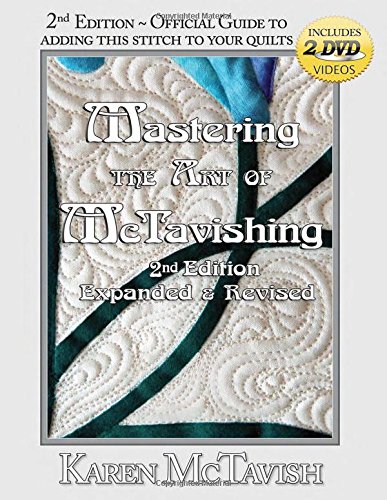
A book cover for Mastering the Art of McTavishing; Karen McTavish; Crafts, Hobbies & Home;